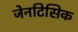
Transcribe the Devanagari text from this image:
जेनटिसिक